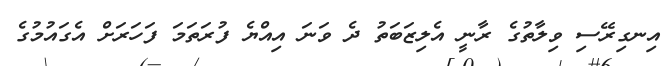
އިނގިރޭސި ވިލާތުގެ ރާނީ އެލިޒަބަތު ދެ ވަނަ އިއްޔެ ފުރަތަމަ ފަހަރަށް އެގައުމުގެ